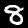
Digit: 8